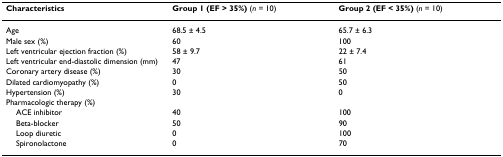
| Characteristics | Group 1 (EF > 35%) (n = 10) | Group 2 (EF < 35%) (n = 10) |
 | --- | --- | --- |
 | Age | 68.5 ± 4.5 | 65.7 ± 6.3 |
 | Male sex (%) | 60 | 100 |
 | Left ventricular ejection fraction (%) | 58 ± 9.7 | 22 ± 7.4 |
 | Left ventricular end-diastolic dimension (mm) | 47 | 61 |
 | Coronary artery disease (%) | 30 | 50 |
 | Dilated cardiomyopathy (%) | 0 | 50 |
 | Hypertension (%) | 30 | 0 |
 | Pharmacologic therapy (%) |  |  |
 | ACE inhibitor | 40 | 100 |
 | Beta-blocker | 50 | 90 |
 | Loop diuretic | 0 | 100 |
 | Spironolactone | 0 | 70 |